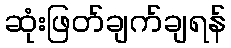
ဆုံးဖြတ်ချက်ချရန်